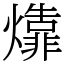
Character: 㸆